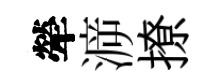
犖㴑撩